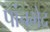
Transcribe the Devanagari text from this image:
पांचभेद